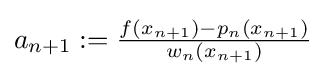
{\textstyle a_{n+1}:={f(x_{n+1})-p_{n}(x_{n+1}) \over w_{n}(x_{n+1})}}